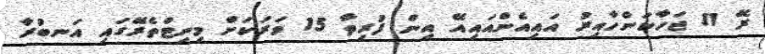
ރޭ 11 ޖަހާކަންހާއިރު އައިއެންއައިއޭ އިން ފުރިތާ 15 ވަރަކަށް މިނިޓްތެރޭގައި އަނބުރާ